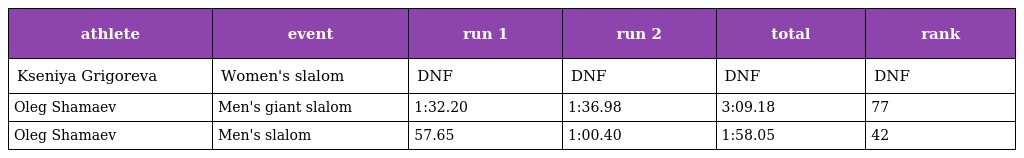
| athlete | event | run 1 | run 2 | total | rank |
 | --- | --- | --- | --- | --- | --- |
 | Kseniya Grigoreva | Women's slalom | DNF | DNF | DNF | DNF |
 | Oleg Shamaev | Men's giant slalom | 1:32.20 | 1:36.98 | 3:09.18 | 77 |
 | Oleg Shamaev | Men's slalom | 57.65 | 1:00.40 | 1:58.05 | 42 |